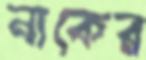
নাকের